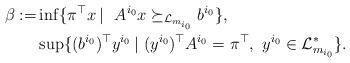
LaTeX: \begin{align*}\beta:=&\inf\{\pi^{\top}x\, | \ \ A^{i_0}x\succeq_{\mathcal{L}_{m_{i_0}}} b^{i_0} \},\\&\sup\{(b^{i_0})^{\top}y^{i_0}\, | \ (y^{i_0})^{\top}A^{i_0} = \pi^{\top}, \ y^{i_0}\in \mathcal{L}^*_{m_{i_0}}\}.\end{align*}